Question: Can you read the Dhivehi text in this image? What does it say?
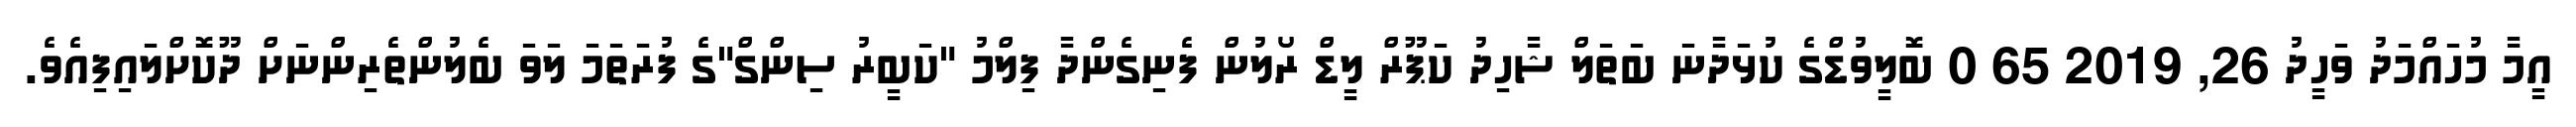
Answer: އީމާ މުހައްމަދު ވަހީދު 26, 2019 65 0 ބޮލީވުޑްގެ ކުޅަދާނަ ބަތަލް ޝާހިދު ކަޕޫރް ލީޑް ރޯލުން ފެނިގެންދާ ފިލްމު "ކަބީރު ސިންގް"ގެ ފުރަތަމަ ލަވަ ބެލުންތެރިންނަށް ދޫކޮށްލައިފިއެވެ.